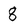
Character: 8